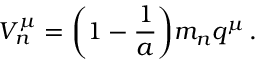
{ \cal V } _ { n } ^ { \mu } = \bigg ( 1 - \frac { 1 } { a } \bigg ) m _ { n } q ^ { \mu } \, .